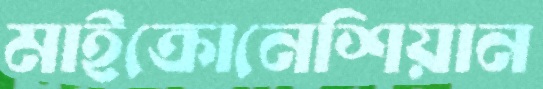
মাইক্রোনেশিয়ান